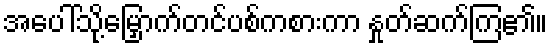
အပေါ်သို့မြှောက်တင်ပစ်ကစားကာ နှုတ်ဆက်ကြ၏။